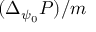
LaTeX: ( \Delta _ { \psi _ { 0 } } P ) / m